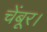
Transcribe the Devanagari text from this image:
चेंबूर।